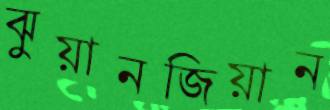
ঝুয়ানজিয়ান